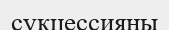
сукцессияны